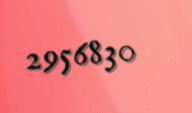
2956830